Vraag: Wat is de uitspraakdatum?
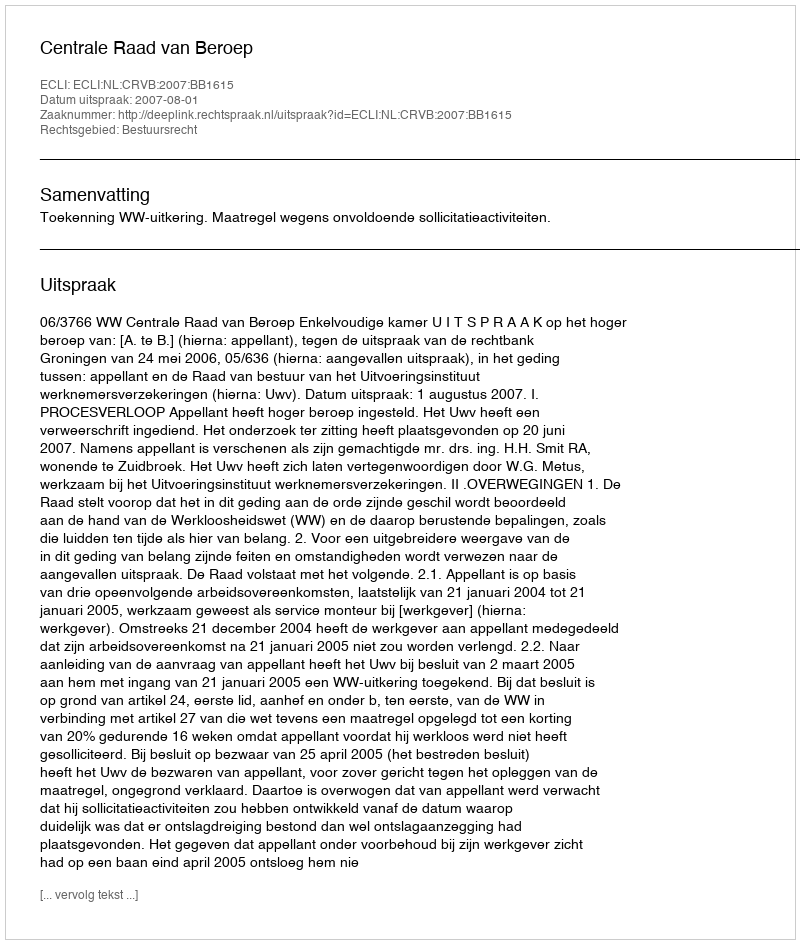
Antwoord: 2007-08-01